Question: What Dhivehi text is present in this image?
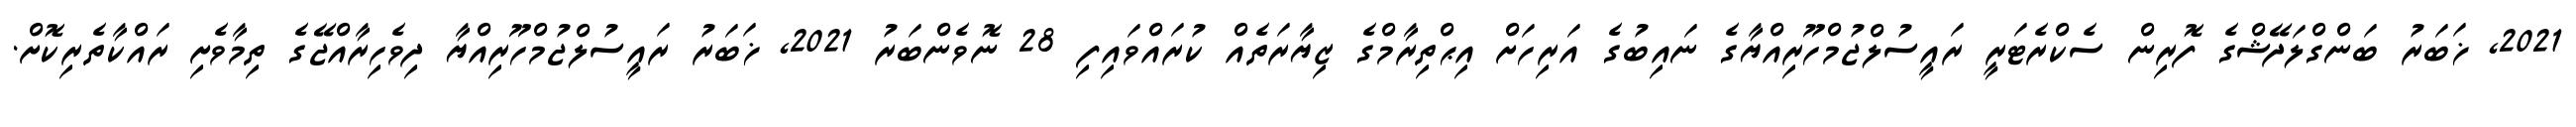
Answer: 2021, ޚަބަރު ބަންގްލަދޭޝްގެ ފޮރިން ސެކްރެޓަރީ ރައީސުލްޖުމްހޫރިއްޔާގެ ނައިބުގެ އަރިހަށް އިޙްތިރާމްގެ ޒިޔާރަތެއް ކުރައްވައިފި 28 ނޮވެންބަރު 2021, ޚަބަރު ރައީސުލްޖުމްހޫރިއްޔާ ދިވެހިރާއްޖޭގެ ތިމާވެށި ރައްކާތެރިކޮށް.